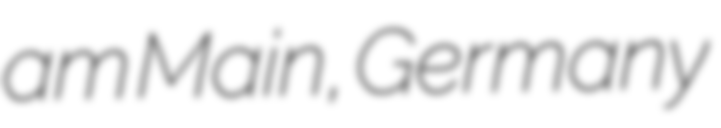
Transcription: am Main, Germany